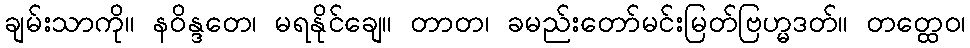
ချမ်းသာကို။ နဝိန္ဒတေ၊ မရနိုင်ချေ။ တာတ၊ ခမည်းတော်မင်းမြတ်ဗြဟ္မဒတ်။ တတ္ထေဝ၊